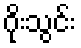
ဂိုးသွင်း